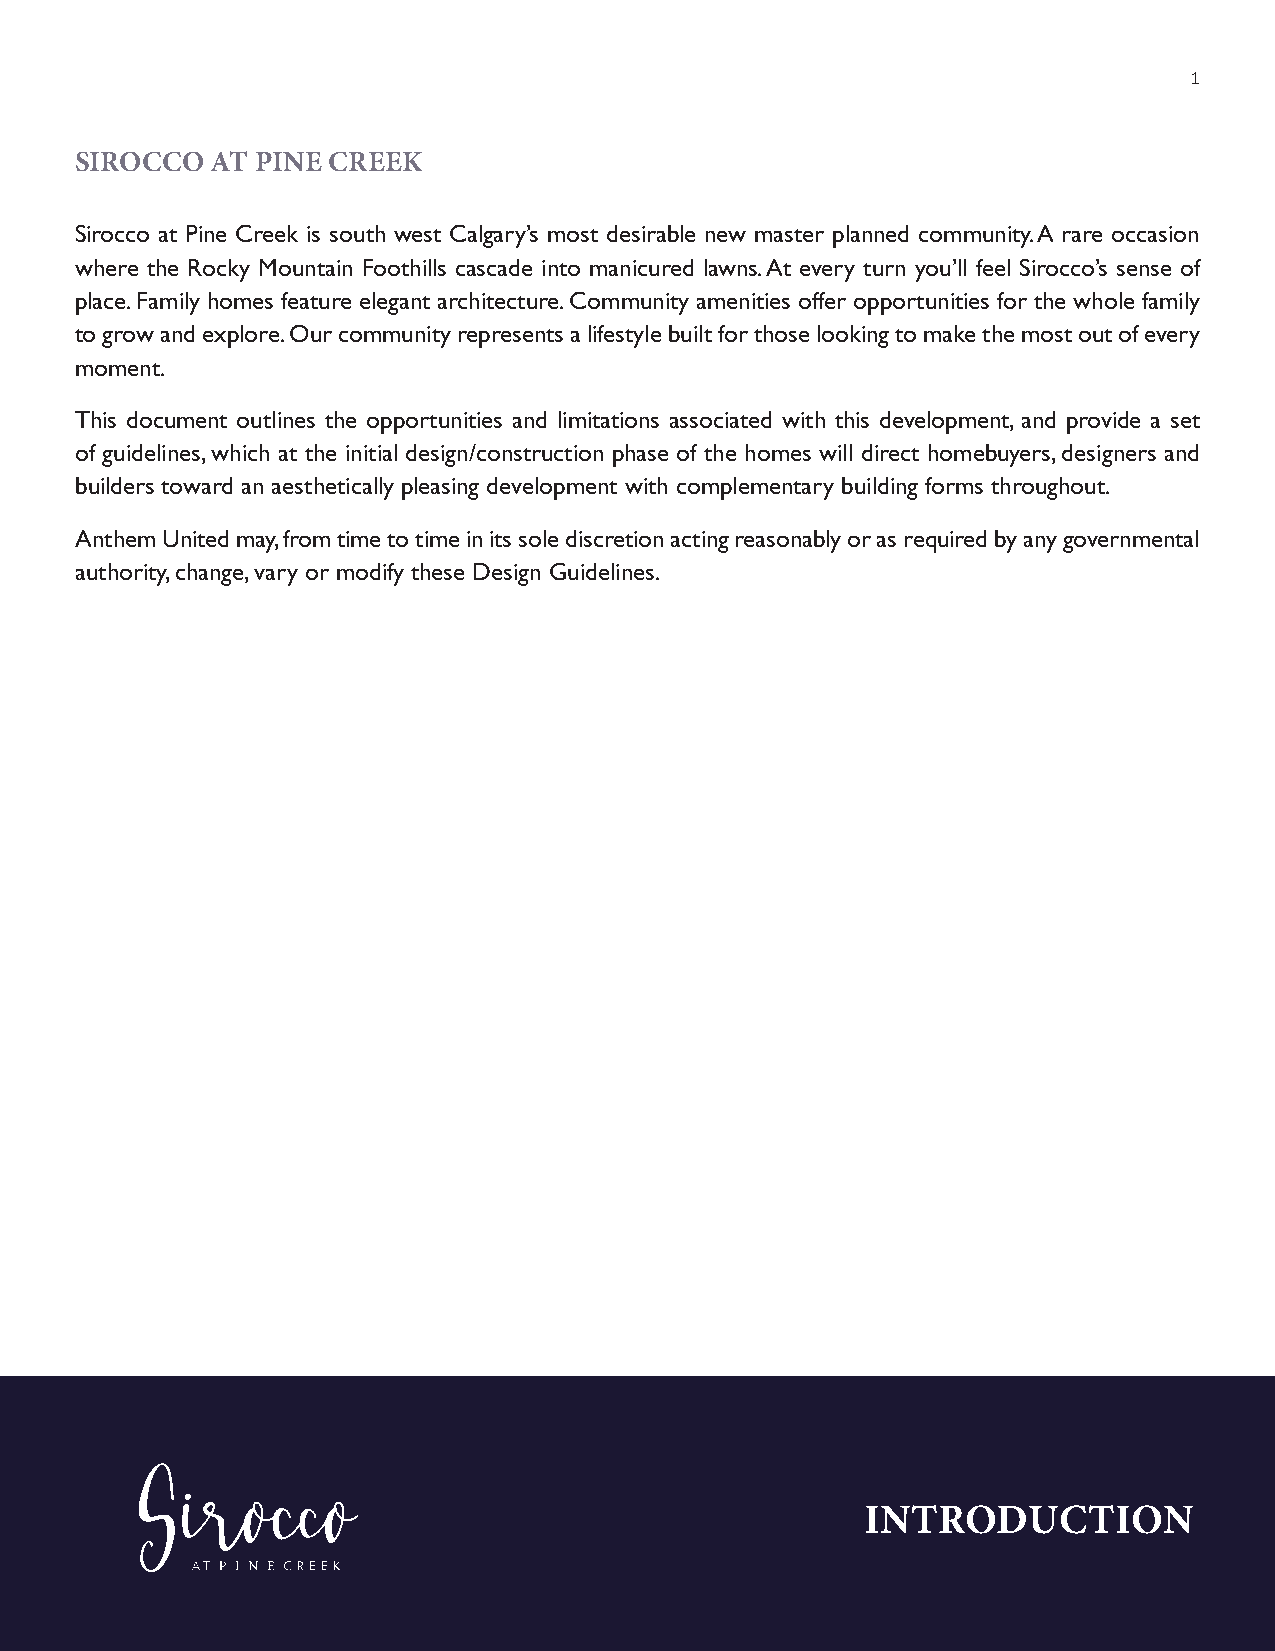
1
 SIROCCO  AT PINE CREEK
 Sirocco at Pine Creek is south west Calgary’s most desirable new master planned community. A rare occasion
 where the Rocky Mountain Foothills cascade into manicured lawns. At every turn you’ll feel Sirocco’s sense of
 place. Family homes feature elegant architecture. Community amenities offer opportunities for the whole family
 to grow and explore. Our community represents a lifestyle built for those looking to make the most out of every
 moment.
 This document outlines the opportunities and limitations associated with this development, and provide a set
 of guidelines, which at the initial design/construction phase of the homes will direct homebuyers, designers and
 builders toward an aesthetically pleasing development with complementary building forms throughout.
 Anthem United may, from time to time in its sole discretion acting reasonably or as required by any governmental
 authority, change, vary or modify these Design Guidelines.
 INTRODUCTION